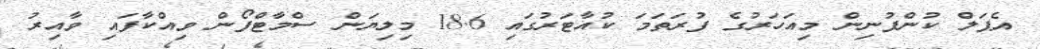
އެޕަލް ކުންފުނިން މިއަހަރުގެ ފުރަތަމަ ކުއާޓަރުގައި 18.6 މިލިޔަން ސްމާޓްފޯން ވިއްކާފައި ވާއިރު